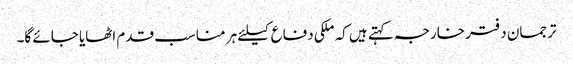
ترجمان دفتر خارجہ کہتے ہیں کہ ملکی دفاع کیلئے ہر مناسب قدم اٹھایا جائے گا۔